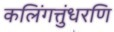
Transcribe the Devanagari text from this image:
कलिंगत्तुंधरणि